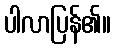
ပါလာပြန်၏။